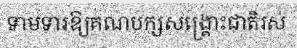
ទាមទារឱ្យគណបក្សសង្គ្រោះជាតិរស់